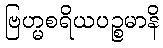
ဗြဟ္မစရိယပဉ္စမာနိ